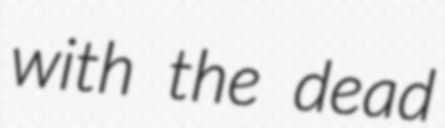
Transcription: with the dead